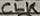
Text: CLK